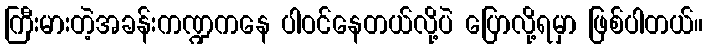
ကြီးမားတဲ့အခန်းကဏ္ဍကနေ ပါဝင်နေတယ်လို့ပဲ ပြောလို့ရမှာ ဖြစ်ပါတယ်။